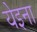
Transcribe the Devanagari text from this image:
येइना